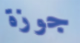
جوزة